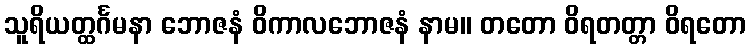
သူရိယတ္ထင်္ဂမနာ ဘောဇနံ ဝိကာလဘောဇနံ နာမ။ တတော ဝိရတတ္တာ ဝိရတော